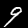
Digit: 9